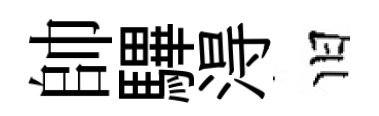
帥驆淂旧